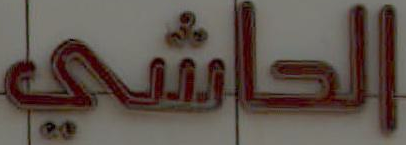
الحاشي